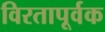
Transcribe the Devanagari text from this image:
विरतापूर्वक